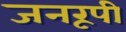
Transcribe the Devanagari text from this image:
जनरूपी